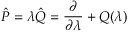
\hat { P } = \lambda \hat { Q } = { \frac { \partial } { \partial \lambda } } + Q ( \lambda )